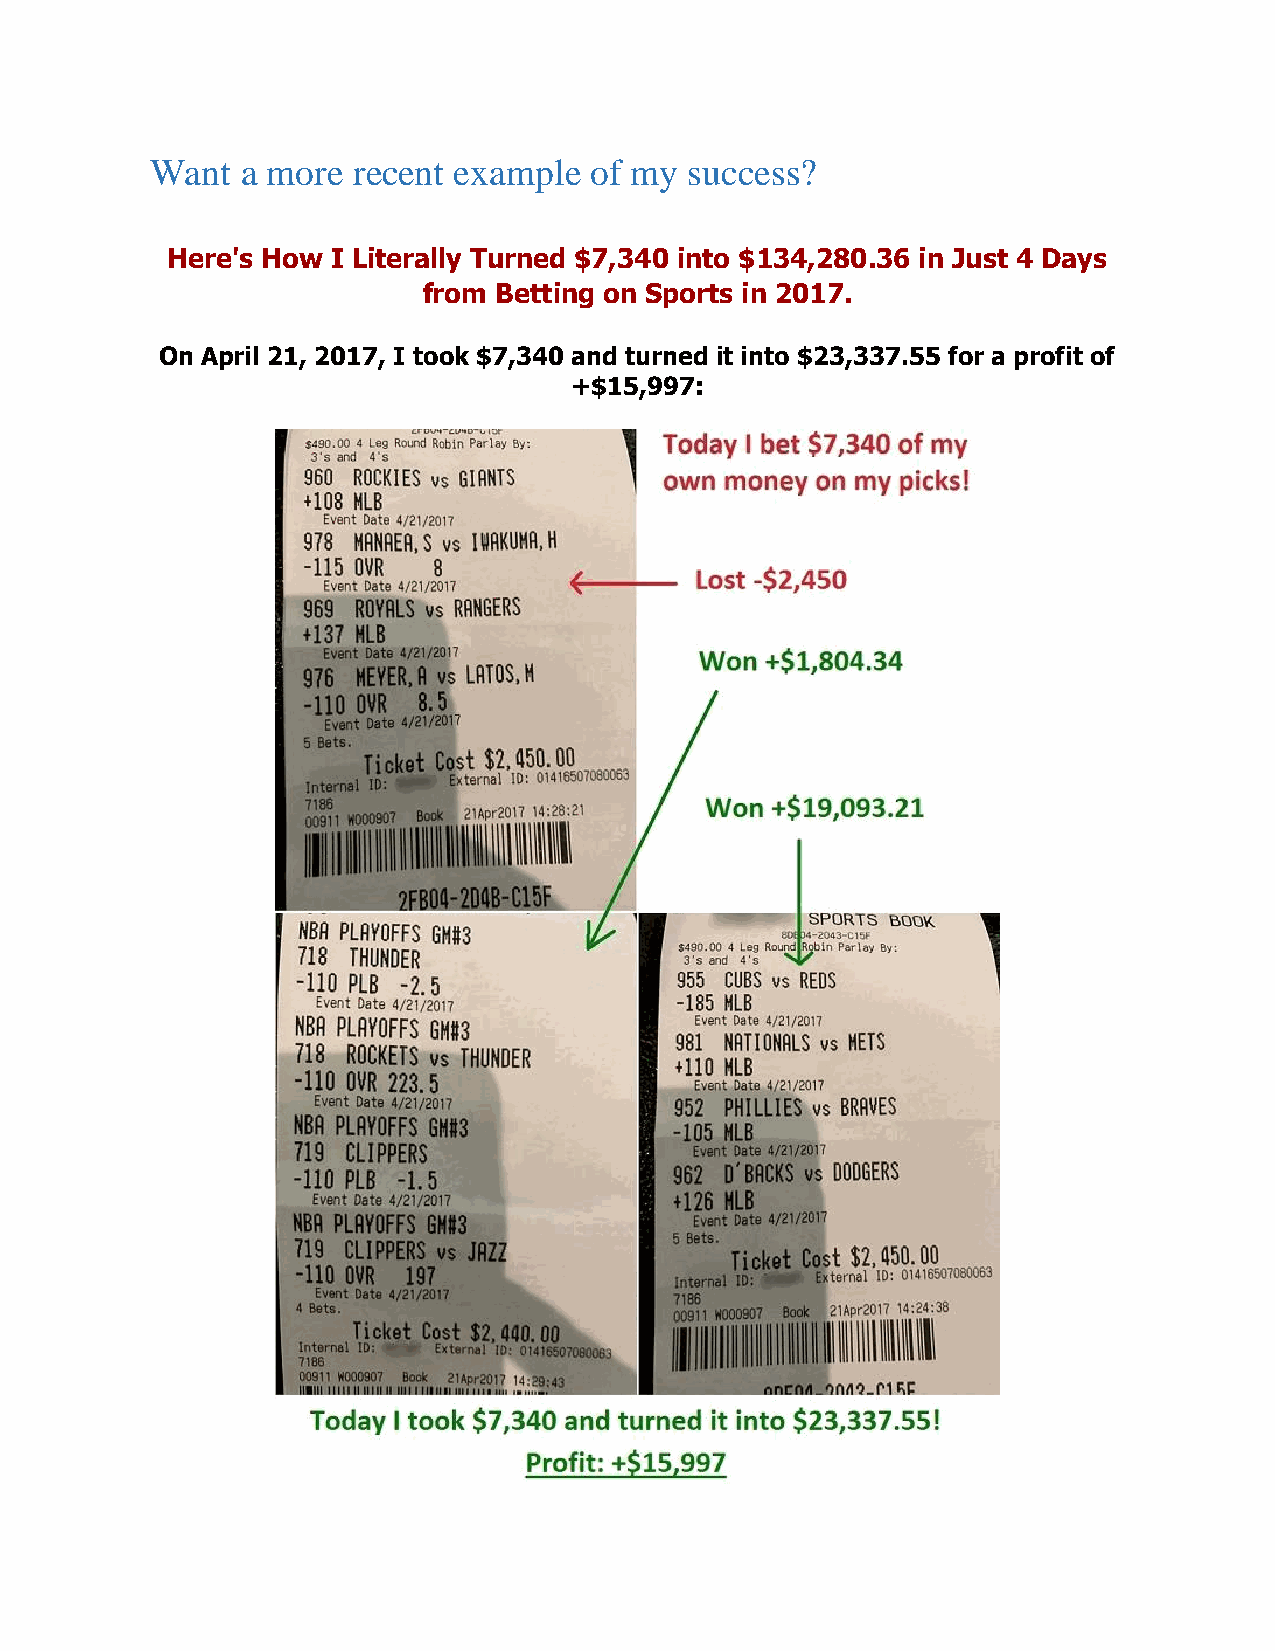
Want  a more recent example  of my  success?
 Here's How I Literally Turned $7,340 into $134,280.36 in Just 4 Days
 from Betting on Sports in 2017.
 On April 21, 2017, I took $7,340 and turned it into $23,337.55 for a profit of
 +$15,997: